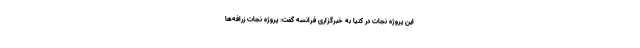
این پروژه نجات در کنیا به خبرگزاری فرانسه گفت: پروژه نجات زرافه‌ها